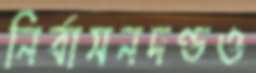
নির্বাসনদণ্ডও